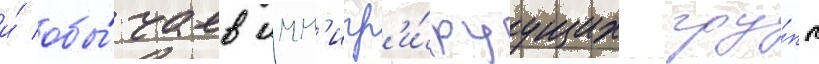
и́ обы́чаев имм'игр'и́руущих гру́пп